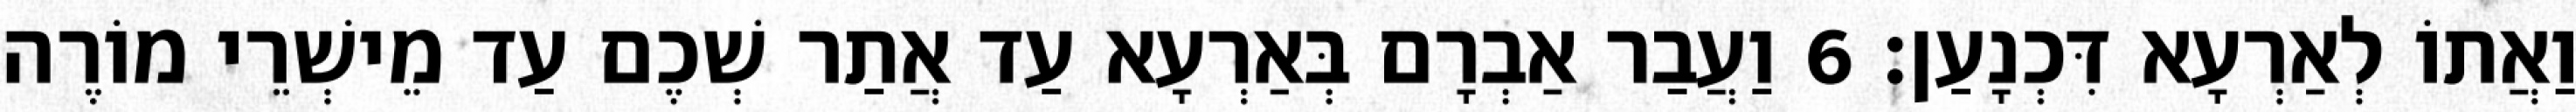
וַאֲתוֹ לְאַרְעָא דִּכְנָעַן׃ 6 וַעֲבַר אַבְרָם בְּאַרְעָא עַד אֲתַר שְׁכֶם עַד מֵישְׁרֵי מוֹרֶה